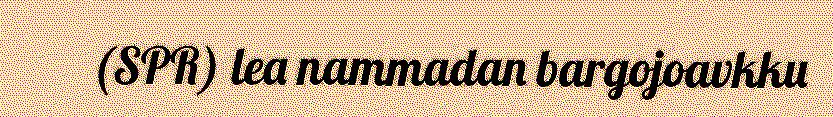
(SPR) lea nammadan bargojoavkku